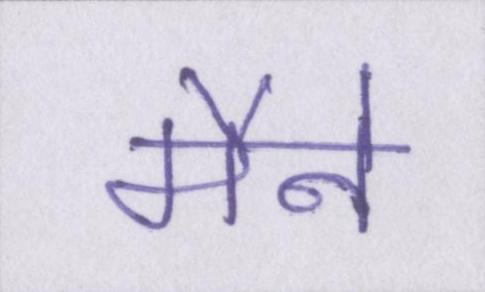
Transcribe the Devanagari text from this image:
मैने